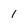
Character: I